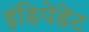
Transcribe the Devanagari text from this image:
इंङिपेंङेंट